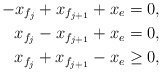
\begin{align*} -x_{f_j} + x_{f_{j+1}} + x_e &= 0, \\ x_{f_j} - x_{f_{j+1}} + x_e &= 0, \\ x_{f_j} + x_{f_{j+1}} - x_e &\geq 0, \end{align*}